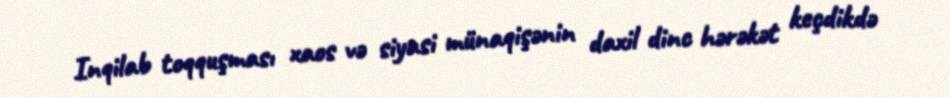
Inqilab toqquşması xaos və siyasi münaqişənin daxil dinc hərəkət keçdikdə